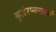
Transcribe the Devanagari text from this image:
बुद्धेरप्यन्तस्थं